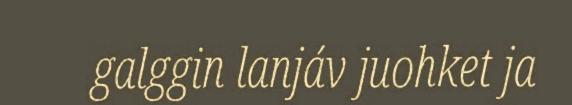
galggin lanjáv juohket ja